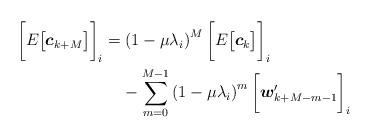
LaTeX: \begin{align*} \bigg[ E \big[\boldsymbol{c}_{k+M} \big] \bigg]_i &= \left( 1 - \mu \lambda_i\right)^M \bigg[ E \big[ \boldsymbol{c}_k \big] \bigg]_i \\&\;\;\;\; - \sum_{m=0}^{M-1}{\left( 1-\mu\lambda_i \right)^m\bigg[ \boldsymbol{w}^{\prime}_{k+M-m-1} \bigg]_i}\end{align*}